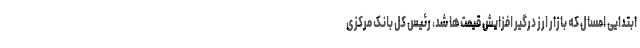
ابتدایی امسال که بازار ارز درگیر افزایش قیمت‌ها شد، رئیس کل بانک مرکزی